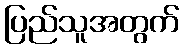
ပြည်သူအတွက်